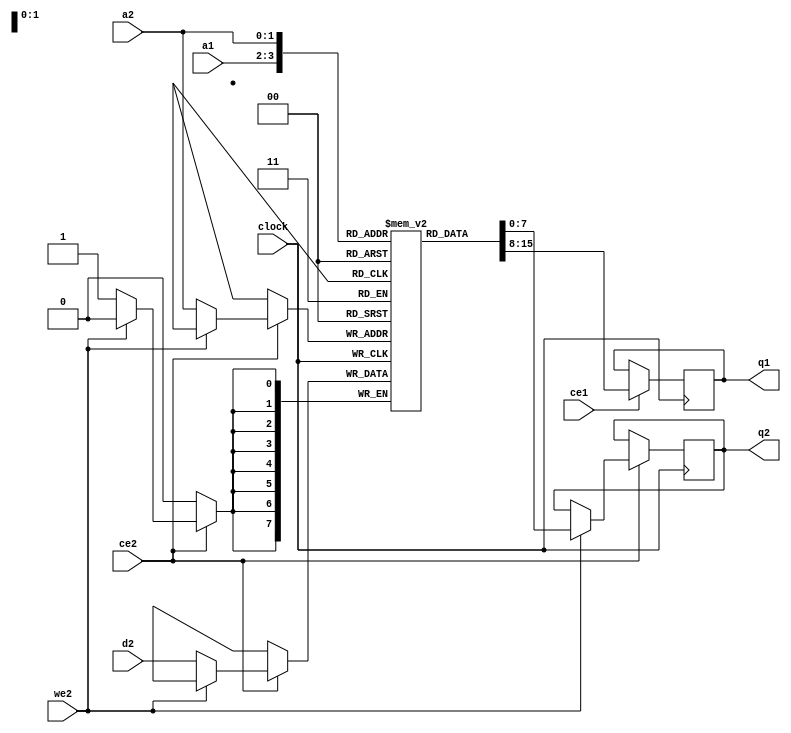
//-------------------------------------------------------------------------------------------------
module dprf
//-------------------------------------------------------------------------------------------------
#
(
	parameter KB = 0,
	parameter DW = 8
)
(
	input  wire                      clock,
	input  wire                      ce1,
	output reg [             DW-1:0] q1,
	input  wire[$clog2(KB*1024)-1:0] a1,
	input  wire                      ce2,
	input  wire                      we2,
	input  wire[             DW-1:0] d2,
	output reg [             DW-1:0] q2,
	input  wire[$clog2(KB*1024)-1:0] a2
);
//-------------------------------------------------------------------------------------------------

reg[DW-1:0] dpr[(KB*1024)-1:0];

always @(posedge clock) if(ce1) q1 <= dpr[a1];
always @(posedge clock) if(ce2)  if(!we2) dpr[a2] <= d2; else q2 <= dpr[a2];

//-------------------------------------------------------------------------------------------------
endmodule
//-------------------------------------------------------------------------------------------------